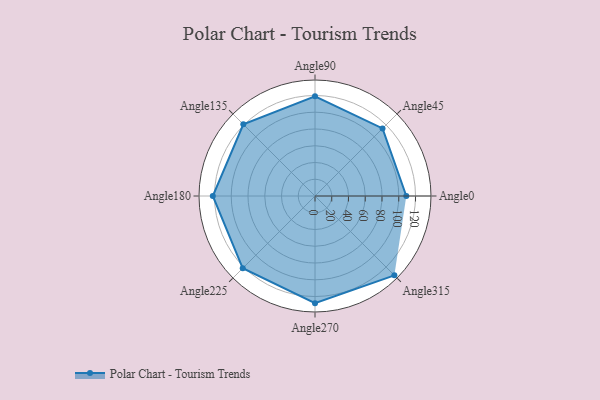
{"axis": {"x": "Angle", "y": "Radius"}, "legend": [""], "data": [{"x": "Angle0", "y": 109.0, "type": ""}, {"x": "Angle45", "y": 114.0, "type": ""}, {"x": "Angle90", "y": 119.0, "type": ""}, {"x": "Angle135", "y": 121.0, "type": ""}, {"x": "Angle180", "y": 122.0, "type": ""}, {"x": "Angle225", "y": 122.0, "type": ""}, {"x": "Angle270", "y": 128.0, "type": ""}, {"x": "Angle315", "y": 134.0, "type": ""}]}